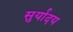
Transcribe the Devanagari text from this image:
सुर्यादय